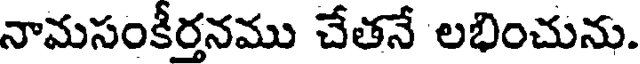
నామసంకీర్తనము చేతనే లభించును.